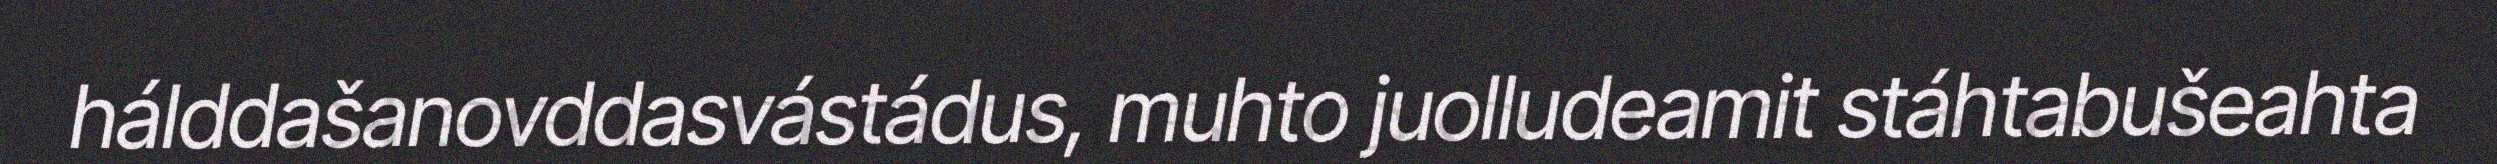
hálddašanovddasvástádus, muhto juolludeamit stáhtabušeahta